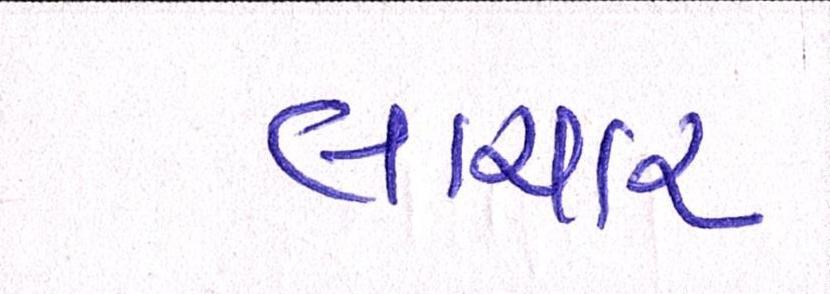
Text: લાચાર